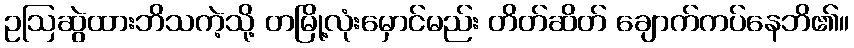
ဥဩဆွဲထားဘိသကဲ့သို့ တမြို့လုံးမှောင်မည်း တိတ်ဆိတ် ချောက်ကပ်နေဘိ၏။